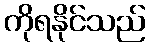
ကိုရနိုင်သည်